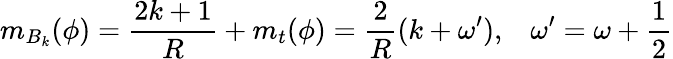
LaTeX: m_{B_{k}}(\phi)=\frac{2k+1}{R}+m_{t}(\phi)=\frac{2}{R}(k+\omega^{\prime}),\, \, \, \, \, \omega^{\prime}=\omega+\frac{1}{2}